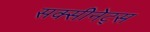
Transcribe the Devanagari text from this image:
सक्सीनेट्स